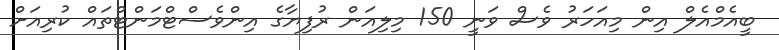
ބީއެމްއެލް އިން މިއަހަރު ވެސް ވަނީ 150 މިލިއަން ރުފިޔާގެ އިންވެސްޓްމަންޓްތައް ކުރިއަށް